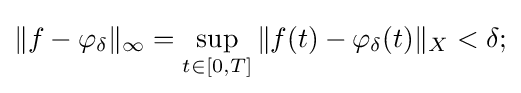
\|f-\varphi _{\delta }\|_{\infty }=\sup _{t\in [0,T]}\|f(t)-\varphi _{\delta }(t)\|_{X}<\delta ;